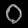
Digit: ၀